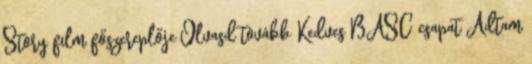
Story film főszereplője Olvasd tovább Kedves BASC csapat Adtam